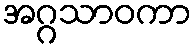
အဂ္ဂသာဝကာ